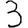
Digit: 3